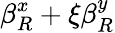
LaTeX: \beta_{R}^{x}+\xi\beta_{R}^{y}